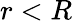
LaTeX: r<R